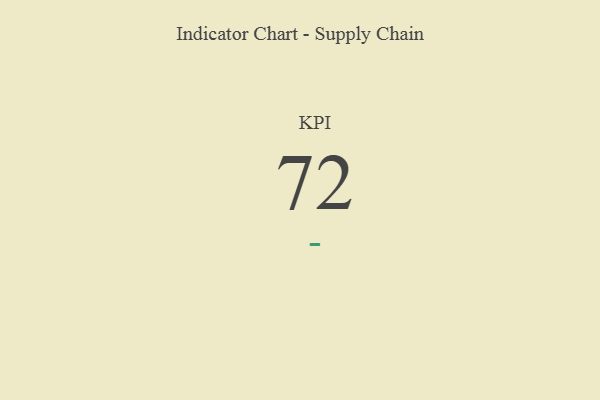
{"axis": {"x": "KPI", "y": "Value"}, "legend": [""], "data": [{"x": "KPI", "y": 72, "type": ""}]}